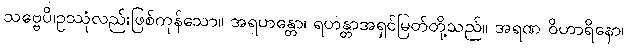
သဗ္ဗေပိ၊ဥဿုံလည်းဖြစ်ကုန်သော။ အရဟန္တော၊ ရဟန္တာအရှင်မြတ်တို့သည်။ အရဏ ဝိဟာရိနော၊